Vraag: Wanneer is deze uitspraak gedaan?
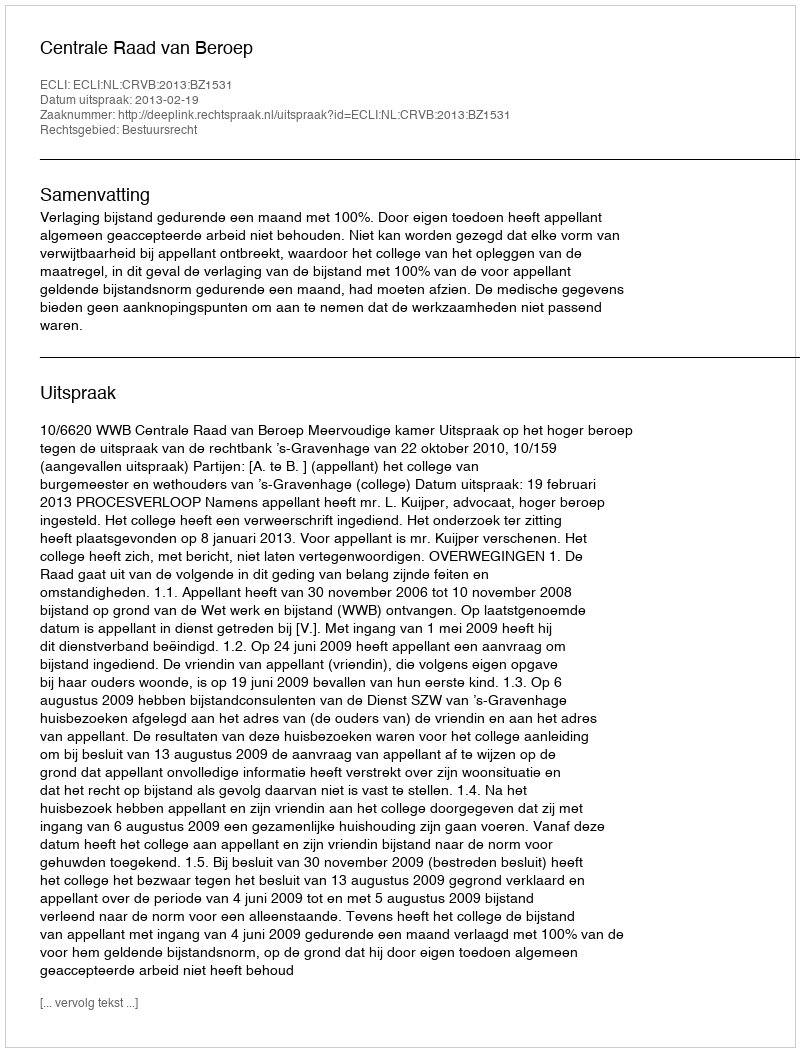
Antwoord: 2013-02-19